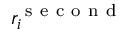
r _ { i } ^ { \mathrm { ~ s ~ e ~ c ~ o ~ n ~ d ~ } }